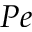
P e